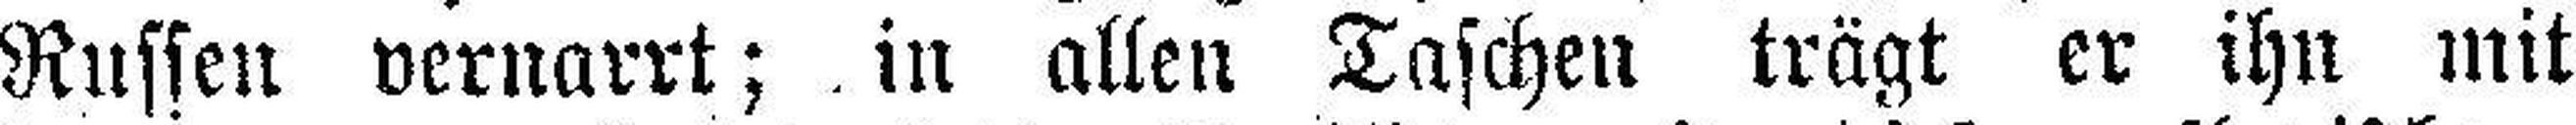
Russen vernarrt; in allen Taschen trägt er ihn mit